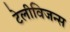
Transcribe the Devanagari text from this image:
टेलीविजन्स